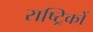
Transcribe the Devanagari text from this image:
राष्ट्रिकों